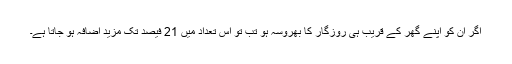
اگر ان کو اپنے گھر کے قریب ہی روزگار کا بھروسہ ہو تب تو اس تعداد میں 21 فیصد تک مزید اضافہ ہو جاتا ہے۔